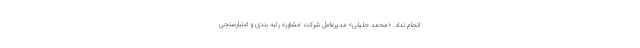
انجام نداد. «محمد جلیلی» مدیرعامل شرکت مشاوره رتبه بندی و اعتبارسنجی